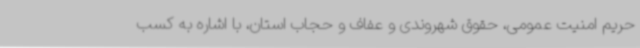
حریم امنیت عمومی، حقوق شهروندی و عفاف و حجاب استان، با اشاره به کسب